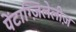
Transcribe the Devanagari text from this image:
पेंटाग्ज़िलेलीज़